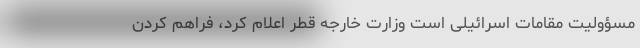
مسؤولیت مقامات اسرائیلی است وزارت خارجه قطر اعلام کرد، فراهم کردن